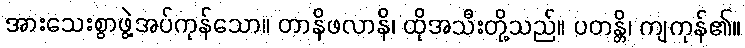
အားသေးစွာဖွဲ့အပ်ကုန်သော။ တာနိဖလာနိ၊ ထိုအသီးတို့သည်။ ပတန္တိ၊ ကျကုန်၏။